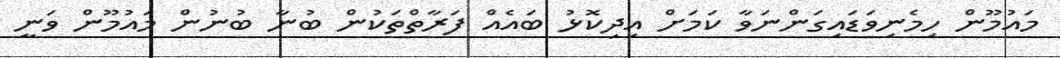
މައުމޫން ހިމެނިވަޑައިގަންނަވާ ކަމަށް އިދިކޮޅު ބައެއް ފަރާތްތަކުން ބުނާ ބުނުން މައުމޫން ވަނީ